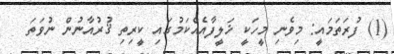
(1) ފުރަތަމައީ: މިވެނި މީހަކީ ޚަލީފާއެއްކަމުގައި ކީރިތި ޤުރުއާނުން ނުވަތަ